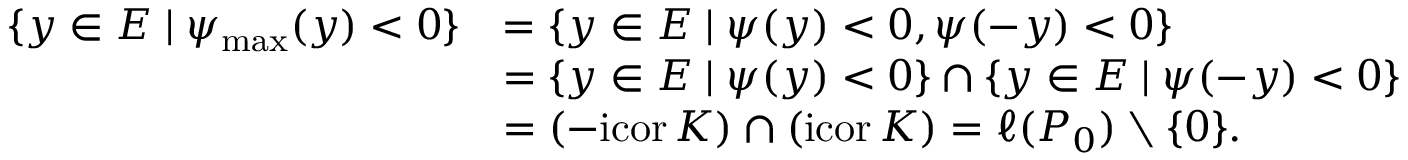
\begin{array} { r l } { \{ y \in E \mid \psi _ { \operatorname* { m a x } } ( y ) < 0 \} } & { = \{ y \in E \mid \psi ( y ) < 0 , \psi ( - y ) < 0 \} } \\ & { = \{ y \in E \mid \psi ( y ) < 0 \} \cap \{ y \in E \mid \psi ( - y ) < 0 \} } \\ & { = ( - \mathrm { i c o r } \, K ) \cap ( \mathrm { i c o r } \, K ) = \ell ( P _ { 0 } ) \setminus \{ 0 \} . } \end{array}